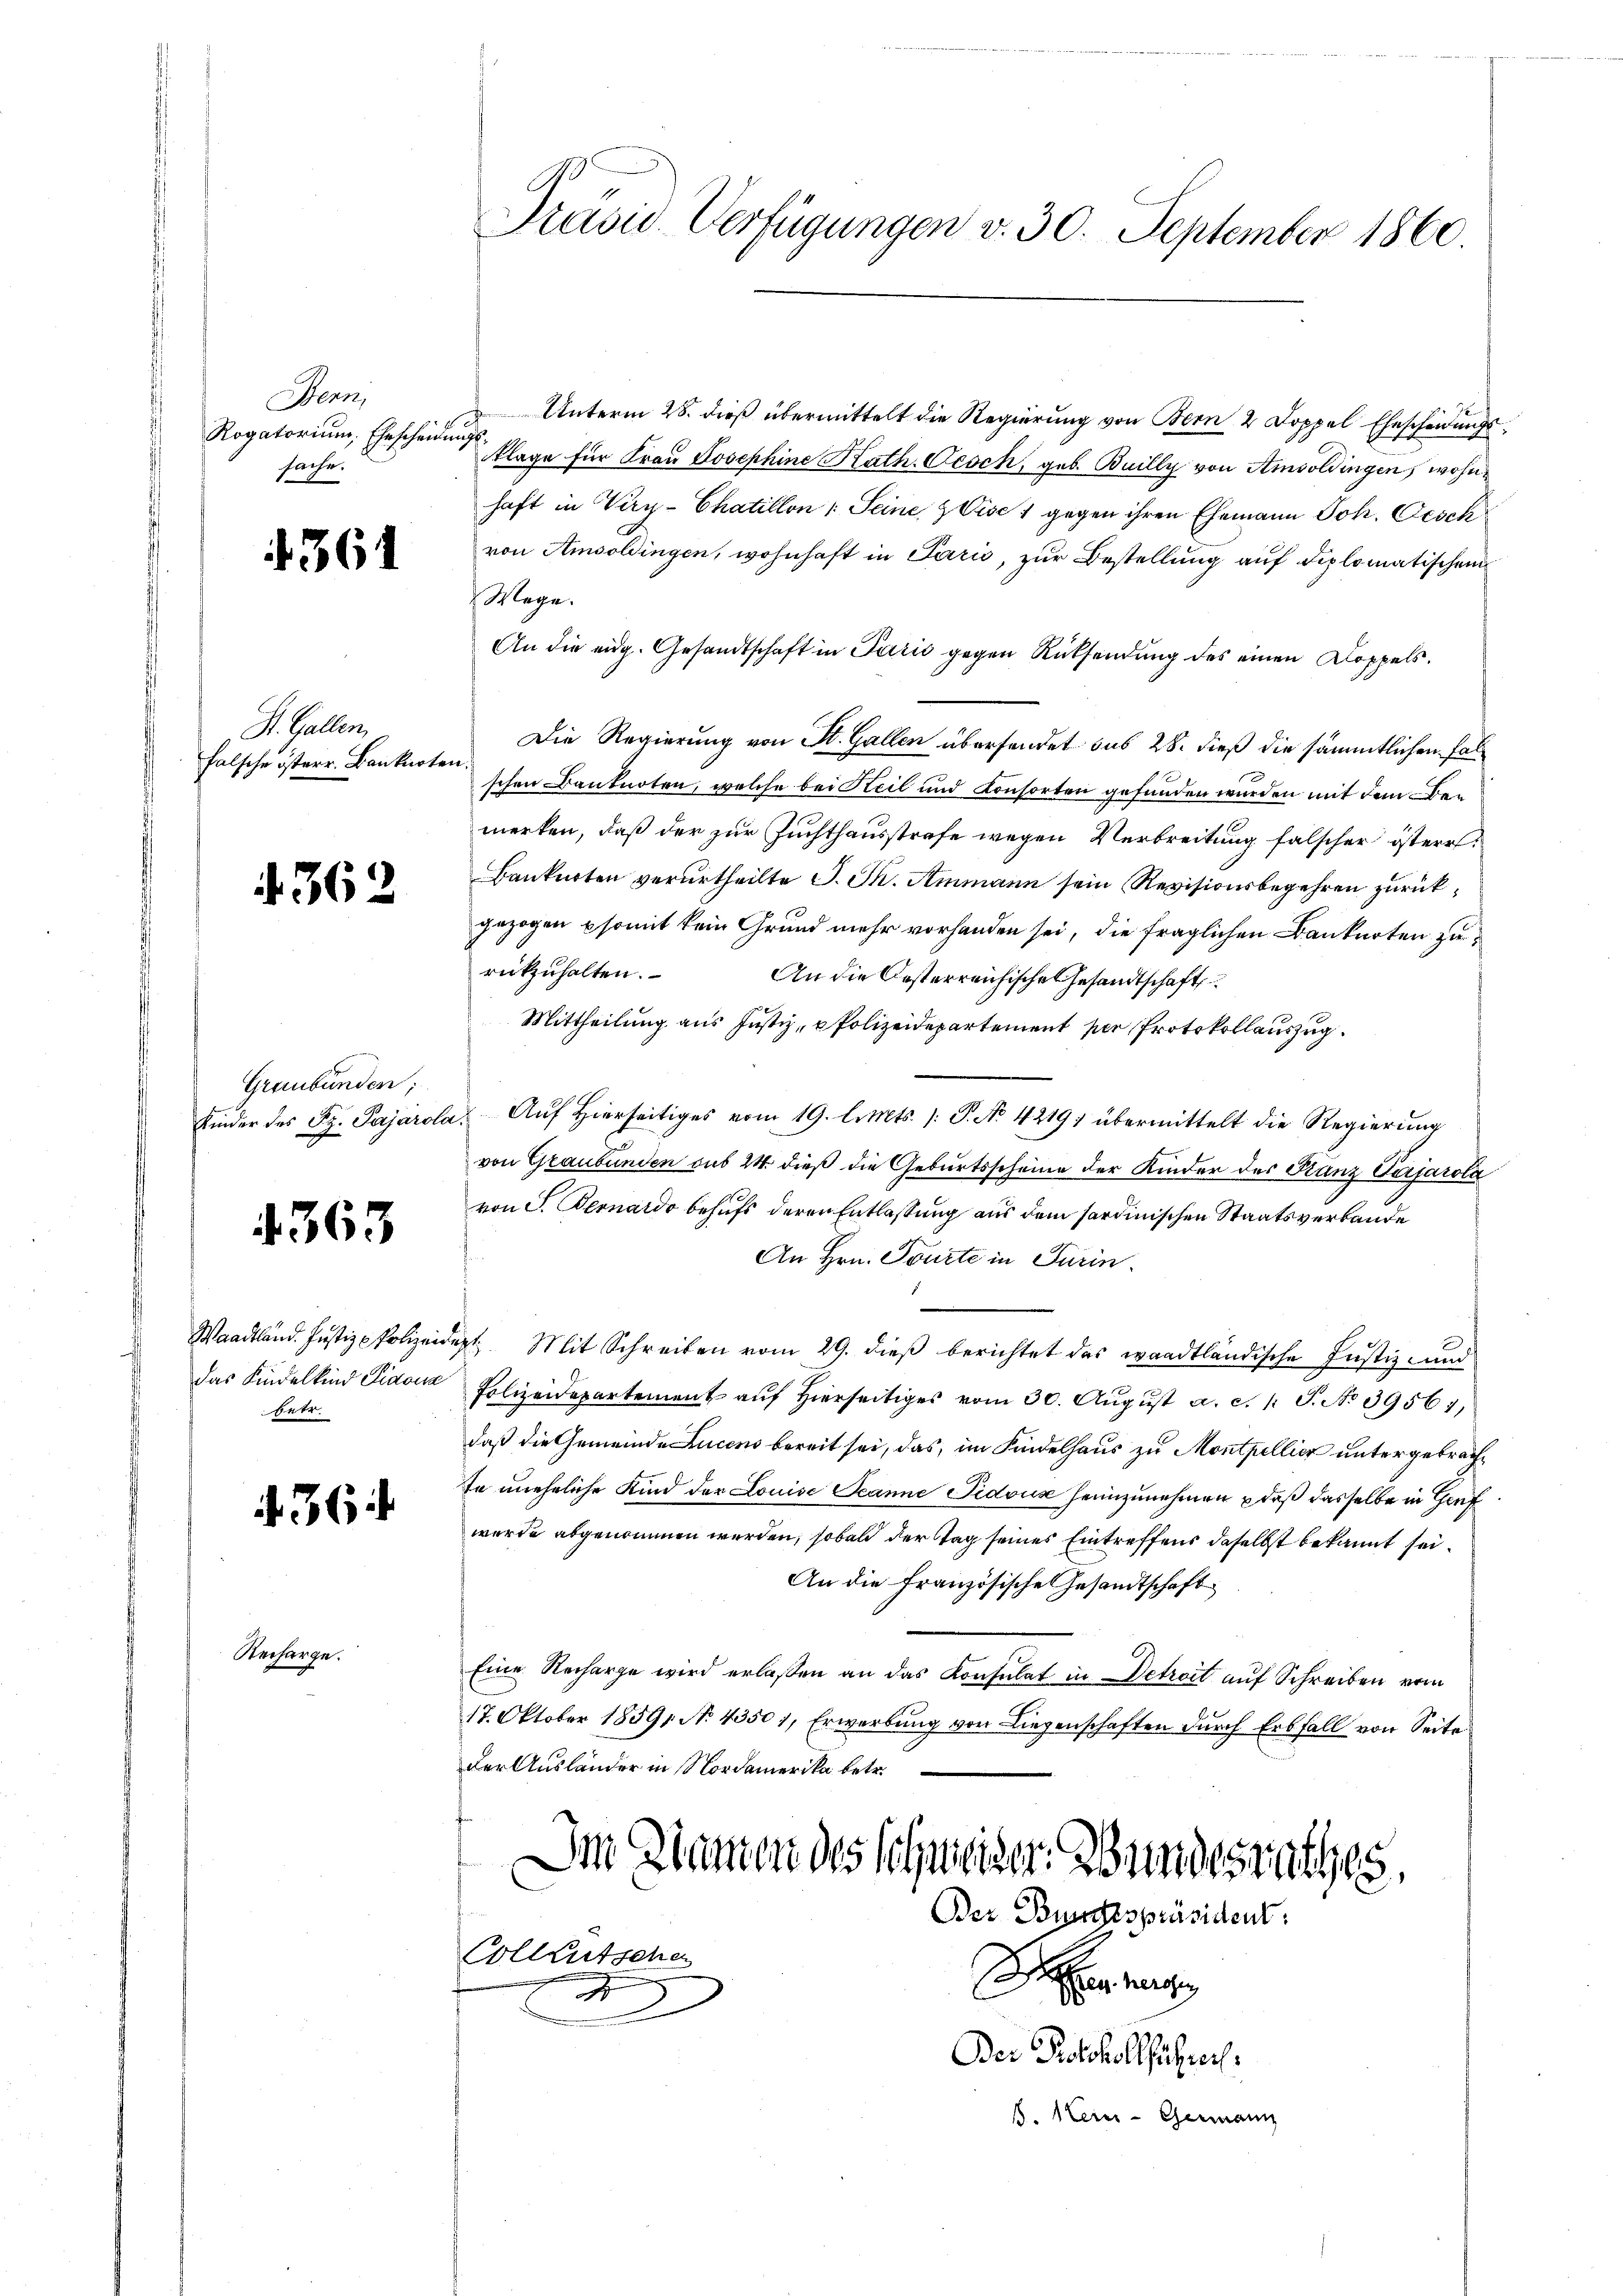
Bern,
Rogatorium, Ehrscheidungs
sache.

4. 362

363

361

St. Gallen,
falsche österr. Banknoten.

Graubünden;

das Kindelkind Piaona
betr.

36:

Recharge.

Präsid. Verfügungen v. 30. September 1860.

Unterm 28. dieß übermittelt die Regierung von Bern 2 Doppel Ehescheidŭngs-
klage für Frau Josephine Kath. Gesch, geb. Builly von Amsoldingen, wohnhaft in Very-Chatillon : Seine Vise 1 gegen ihren Ehemann Joh. Gesch
von Amsoldingen, wohnhaft in Paris, zur Bestellung auf diplomatischen
Wege.
An die eidg. Gesandtschaft in Paris gegen Rücksendung des einen Koppels.
Die Regierung von St. Gallen übersendet sub 28. dieß die sämmtlichen Falschen Banknoten, welche bei Heil und Konsorten gefunden wurden mit dem Bemerken, daß der zur Zuchthausstrafe wegen Verbreitung falscher österr
Banknoten verurtheilte S. Th. Ammann sein Revisionsbegehren zurückgezogen somit kein Grund mehr vorhanden sei, die fraglichen Banknoten zurückzuhalten.
An die Oesterreichische Gesandtschaft
Mittheilung aus Justiz, u Polizeidepartement per Protokollauszug.
Kinder des Sz. Pajárola. Aŭf Hierseitiges vom 19. l. Mts. /: P. N. 4219; übermittelt die Regierŭng
von Graubünden sub 24 dieß die Geburtsscheine der Kinder des Stanz Verjarola
von F. Bernardo behufs deren Entlassung aus dem sardinischen Staatsverbande
An Hrn. Tourte in Turin.
Waadtländ. Justiz - Polizeidigt. Mit Schreiben vom 29. dieß berichtet das waadtländische Justiz- und
Polizeidepartement auf hierseitiges vom 30. Aŭgŭst a. c. 1 S. No 39561,
daß die Gemeinde Lucens bereit sei, das, im Kindelhaus zu Montpellier untergebrachte uneheliche Kind der Louise Seanne Pidous heimzunehmen u daß dasselbe in Genf
wurde abgenommen werden, sobald der Tag seines Eintreffens daselbst bekannt sei¬
An die Französische Gesandtschaft
Eine Recharge wird erlaßen an das Konsulat in Detreit auf Schreiben vom
17. Oktober 18591 No 43501, Erwerbŭng von Liegenschaften dŭrch Erbfall von Seite
der Ausländer in Nordamerika betr.
Im Namen des Schweizer. Bundesrathes,

Colleutschen
.

Der Bundespräsident.

n a
Der Protokollführen.
B. Stern-Germann

2